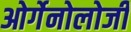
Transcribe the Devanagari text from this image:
ओर्गेनोलोजी